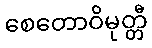
စေတောဝိမုတ္တီ